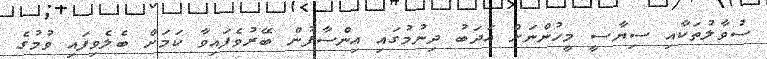
ސުވާލުތަކާއި ސިޔާސީ މީހުންނަށް އަދަބު ދިނުމުގައި އިންސާފުން ބޭރުވެފައިވާ ކަމަށް ބެލެވިފައި ވުމުގެ